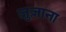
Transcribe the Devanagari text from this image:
ज़ुज़ाना